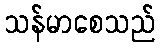
သန်မာစေသည်